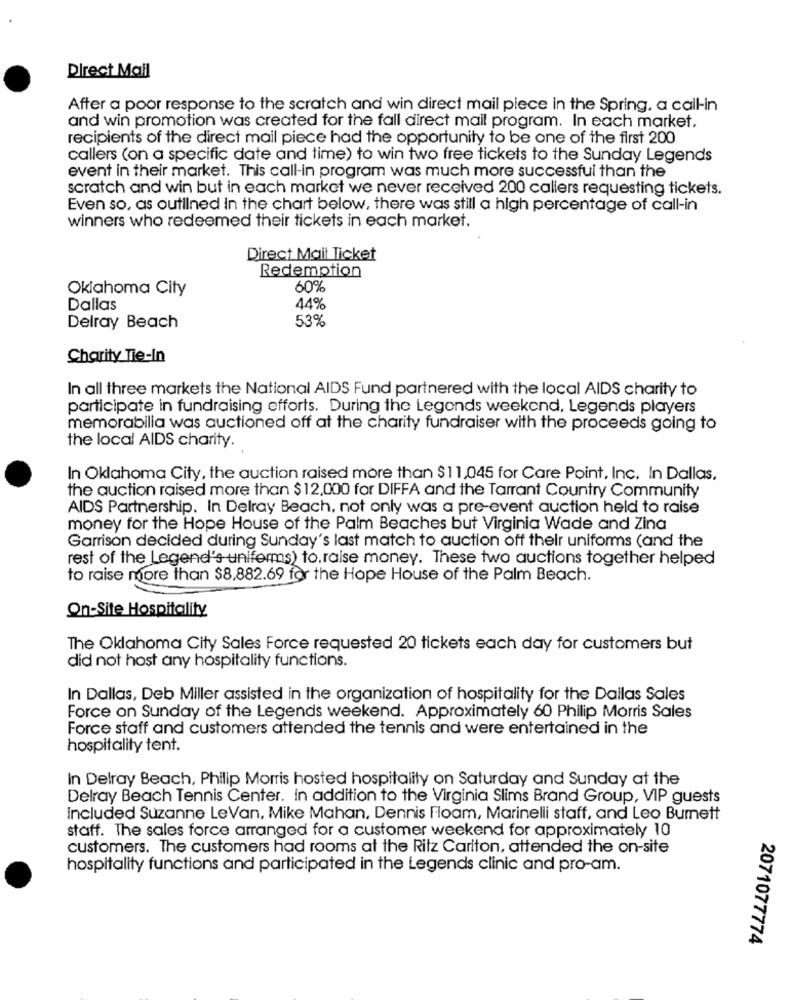
Direct Mail
After a poor response to the scratch and win direct mail piece in the Spring. a call-in
and win promotion was created for the fall direct mail program. In each market.
recipients of the direct mail piece had the opportunity to be one of the first 200
callers (on a specific date and time) to win two free tickets to the Sunday Legends
event in their market. This call-in program was much more successful than the
scratch and win but in each market we never received 200 callers requesting tickets.
Even so, as outlined in the chart below, there was still a high percentage of call-in
winners who redeemed their tickets in each market.
Direct Mail Ticket
Redemption
Oklahoma City
60%
Dallas
44%
53%
Delray Beach
Charity Tie-In
In all three markets the National AIDS Fund partnered with the local AIDS charity to
participate in fundraising efforts. During the Legonds weekend, Legends players
memorabilia was auctioned off at the charity fundraiser with the proceeds going to
the local AIDS charity.
In Oklahoma City, the auction raised more than $11,045 for Care Point, Inc. In Dallas,
the auction raised more than $ 12,000 for DIFFA and the Tarrant Country Community
AIDS Partnership. In Delray Beach, not only was a pre-event auction held to raise
money for the Hope House of the Palm Beaches but Virginia Wade and Zina
Garrison decided during Sunday's last match to auction off their uniforms (and the
rest of the Legend's uniforms) to raise money. These two auctions together helped
to raise more than $8,882.69 for the Hope House of the Palm Beach.
On-Site Hospitality
The Oklahoma City Sales Force requested 20 tickets each day for customers but
did not host any hospitality functions.
In Dallas, Deb Miller assisted in the organization of hospitality for the Dallas Sales
Force on Sunday of the Legends weekend. Approximately 60 Philip Morris Sales
Force staff and customers attended the tennis and were entertained in the
hospitality tent.
In Delray Beach, Philip Morris hosted hospitality on Saturday and Sunday at the
Delray Beach Tennis Center. in addition to the Virginia Slims Brand Group, VIP guests
included Suzanne LeVan, Mike Mahan, Dennis Floam, Marinelli staff, and Leo Burnett
staff. The sales force arranged for a customer weekend for approximately 10
customers. The customers had rooms at the Ritz Carlton, attended the on-site
hospitality functions and participated in the Legends clinic and pro-am.
2071077774